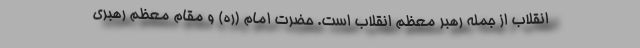
انقلاب از جمله رهبر معظم انقلاب است. حضرت امام (ره) و مقام معظم رهبری